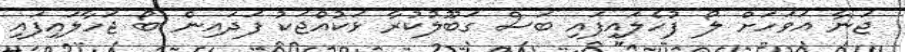
ޖަނާ އަވަހަށް ލޯ ފުހެލައިފައި ބަސް ގަބޫލުކުރާ ޅަކުއްޖަކު ފަދައިން ބޯ ޖަހާލައިފައި